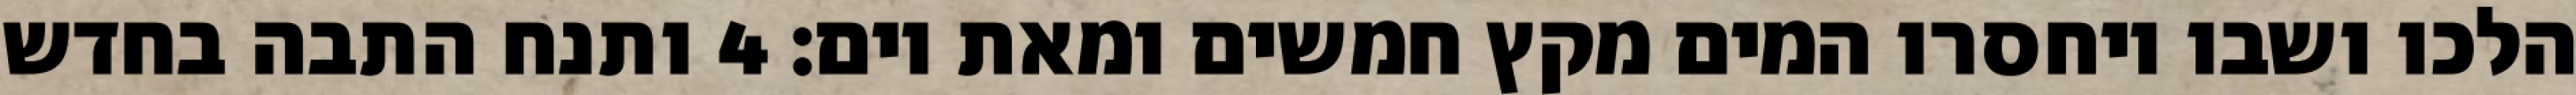
הלכו ושבו ויחסרו המים מקץ חמשים ומאת יום׃ ‎4‏ ותנח התבה בחדש